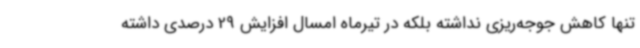
تنها کاهش جوجه‌ریزی نداشته بلکه در تیرماه امسال افزایش 29 درصدی داشته